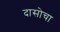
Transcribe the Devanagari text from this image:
दासोचा